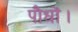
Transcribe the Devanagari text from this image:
पौधों।